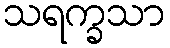
သရက္ခသာ